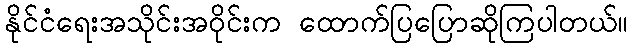
နိုင်ငံရေးအသိုင်းအဝိုင်းက ထောက်ပြပြောဆိုကြပါတယ်။